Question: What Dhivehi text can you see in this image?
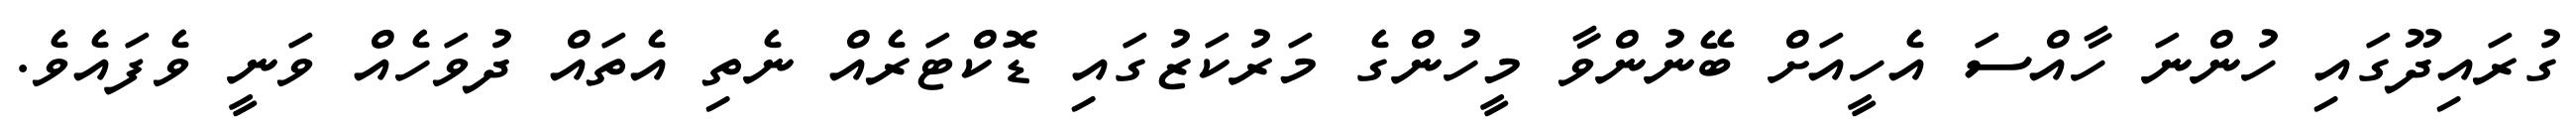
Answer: ގުރައިދޫގައި ހުންނަ ހާއްސަ އެހީއަށް ބޭނުންވާ މީހުންގެ މަރުކަޒުގައި ޑޮކްޓަރެއް ނެތި އެތައް ދުވަހެއް ވަނީ ވެފައެވެ.